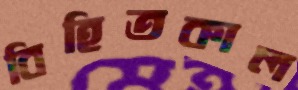
বিহিতকাল